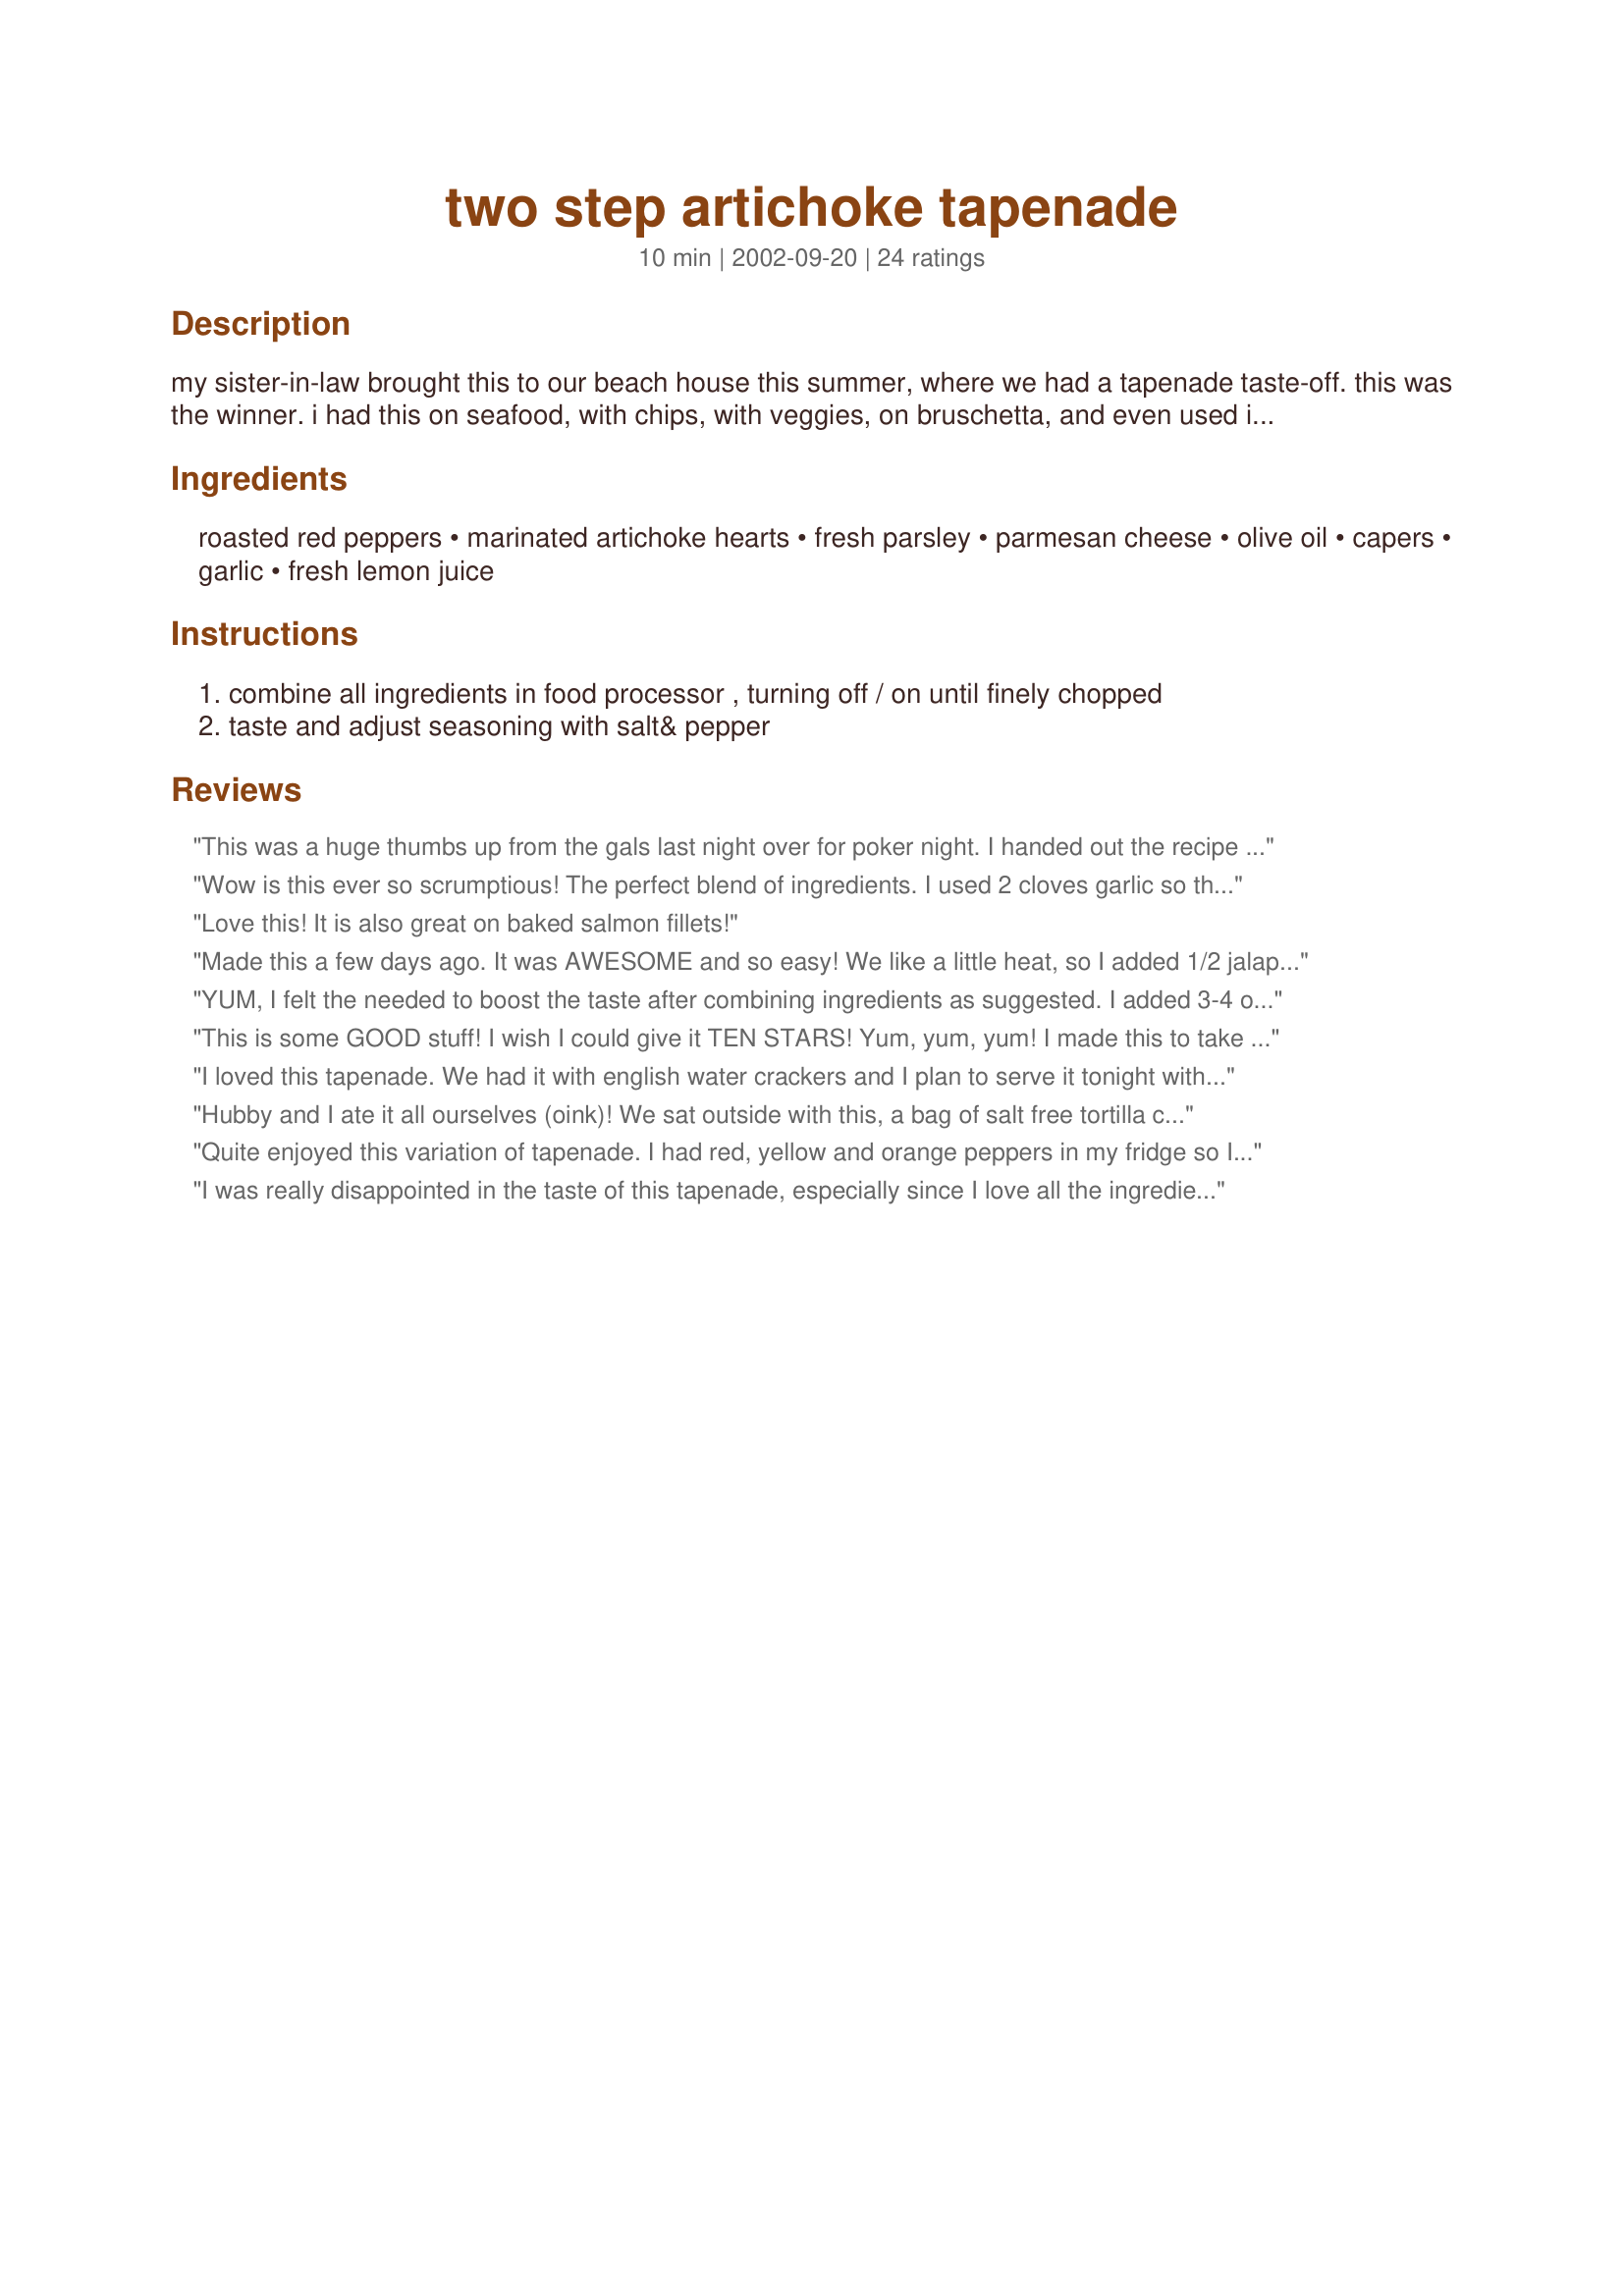
two step artichoke tapenade
Preparation time: 10 minutes

my sister-in-law brought this to our beach house this summer, where we had a tapenade taste-off. this was the winner. i had this on seafood, with chips, with veggies, on bruschetta, and even used it as a sandwich spread!

Ingredients:
roasted red peppers, marinated artichoke hearts, fresh parsley, parmesan cheese, olive oil, capers, garlic, fresh lemon juice

Steps:
combine all ingredients in food processor , turning off / on until finely chopped
taste and adjust seasoning with salt& pepper

Reviews:
This was a huge thumbs up from the gals last night over for poker night. I handed out the recipe to 3 gals!This is going to be such a hit this summer for potlucks since there's nothing in it that will spoil quickly! I subbed dried parsley as I had not fresh on hand and instead of regular olive oil I used some of the oil from the large jar of marinated artichokes that I get at Costco.
Wow is this ever so scrumptious! The perfect blend of ingredients. I used 2 cloves garlic so the other ingredients (especially my expensive olive oil) came through. Great on baguette slices. To top it off it's so pretty in a bowl. Thanks for posting :O)
Love this! It is also great on baked salmon fillets!
Made this a few days ago. It was AWESOME and so easy! We like a little heat, so I added 1/2 jalapeno pepper seeded and minced. I will be making this often! Great for dipping pita chips, pretzels, raw veggies, or spreading on a sandwich!
YUM, I felt the needed to boost the taste after combining ingredients as suggested. I added 3-4 oz. kalamata olives and that put this recipe over the top! I am using on top of recipe#385672 . Should make for a great appy!
This is some GOOD stuff! I wish I could give it TEN STARS! Yum, yum, yum! I made this to take to bunco tonight and it was incredibly delicious. I served it with thin slices of Italian bread that I toasted lightly in the oven. Oh so tasty! Everyone loved it and commented on how wonderful it was. Very very good! Lots of requests for the recipe. Oh, did I mention this is G-O-O-D good? :) I followed the directions exactly and it was a snap to make. I can so see it as a sandwich spread, on chicken, or with veggies. I will definitely be making this recipe again! Thanks so much for sharing it with us all!
I loved this tapenade. We had it with english water crackers and I plan to serve it tonight with crusty bread. Next time I make it I will use only half of the garlic--it's good with 4 but I love artichokes and roasted red peppers so much I'd like more of that flavor to come through. I also think some grated lemon zest would be good since you have to buy a lemon for the recipe anyway--may as well use it all. Thanks for the great recipe. Update: I warmed some leftover tapenade and served it over baked fish---DELISH!!! I now think it would be a great warmed over pasta. This is going to be fun trying new uses for a great recipe.
Hubby and I ate it all ourselves (oink)! We sat outside with this, a bag of salt free tortilla chips and a pitcher of sangria. Happy little piggies, we were! I cut the capers in half and added chopped kalamata olives just because. I'll bet crumbled feta would be good in this too.
Quite enjoyed this variation of tapenade. I had red, yellow and orange peppers in my fridge so I roasted them on the barbecue. Like other reviewers, I added some black olives. I would estimate I had about 4 cups of tapenade made up. I served this on toasted baguette, but this tasted wonderful with water crackers that were on hand. I haven't done pizza on the bbq for a while, so leftovers will be devoted to that! I was so pleased with this recipe, that I would do this one again! Kudos on the posting!!
I was really disappointed in the taste of this tapenade, especially since I love all the ingredients individually. My first reaction to tasting it on some bruchetta was that it was bitter/sour despite some extra parmesan cheese to try an tone it down. I made it to take to my daughter's house as the appetizer and everyone had the same poor opinion of this recipe as I did. Too bad...maybe I'll try it again without the lemon juice and add some feta as another reviewer suggested.
Well, I don't even like Artichokes and I liked this. I made it because it sounded interesting and I had all the ingredients on hand (which is odd). Really good with wheat crackers. Thanks for the recipe.
Are the jars of peppers and artichokes drained before pulsated in Cuisinart? Thanks!
This is SO good and so fast and easy to make! I have made it for several parties and everyone has LOVED it! I usually substitute the red peppers for sun dried tomatoes, but it's great both ways. Might have to try it w/ some feta - YUM! Good w/ crackers, veggies, off of your fingers....!
Mmmmm. Super Yuummy! Didn&#039;t change much, just a bit less garlic and added in about 8 kalamatas (b/c I have a giant bottle from Costco (: ). This will be great on many things, just now I am having it with Kavli crackers, I think I may grill some Tilapia later, and then pasta!! Thanks for sharing!
Comes out to thin and I used only 1/8 C olive oil and drained the peppers and artichokes. Tastes good.
Nice change from the olive tapenades out there. Served on toasted baguette bread. Wonderful flavor! Thanks
Oh yes! I could eat this all day. It&#039;s a favorite light lunch on the patio. I have it with crackers, assorted cheeses, grapes and a chilled wine. Delicious. I feel the recipe does not need any additional salt.
I thought (and the friends who tasted it at the pot luck that I brought it to agreed) that the taste was delicious but it was a little soupy. I think I&#039;ll cut back the olive oil next time to at least under 1/4 cup -- maybe less.
This was very good. I would use just a little less olive oil the next time, as there was a little oil clinging to the peppers and artichokes. I get together with some girlfriends and play cards. I brought this to one of our card-playing parties. Everyone liked it. I served with crackers. Thank you!
This is awsome! It also makes a lot. I will also try tossing this with hot pasta and a little extra EVOO. Also over steamed cauliflower and over grilled chicken breat. This is so versatile! Thanks for this super recipe!
Fabulous tapenade. I could eat the whole recipe quite easily, but fortunately I managed to contain myself. I used two 6-oz jars of artichoke hearts. Works perfectly on thin slices of baguette.
This I had to make, anything with artichokes I can not resist. It turns a chicken or ham sandwich into an epicurean pleasure. And on a hot cheese pizza mmmmmmmmmmgood
When my daughter and her husband tasted this tapenade, they raved about it and asked for more. It is beyond delicious, and I prepared it exactly according to the recipe. The balance of flavors is perfect. After having lost the recipe (!!), I&#039;ve just found it and am going to make a few jars for my dear girl (and one for me)!
I didnt make this myself, but it was prepared by my friend for her BBQ that I attended Labor Day weekend. This was a delicious dip and everyone raved over it and it was quickly devoured. She served this with a choice of fresh vegetables to dip. I asked for the recipe because I cannot wait to have it again. Thanks!!
